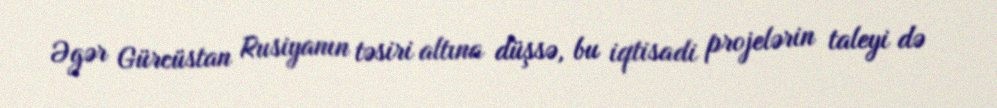
Əgər Gürcüstan Rusiyanın təsiri altına düşsə, bu iqtisadi projelərin taleyi də